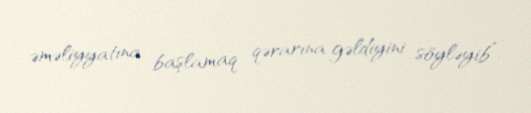
əməliyyatına başlamaq qərarına gəldiyini söyləyib”.